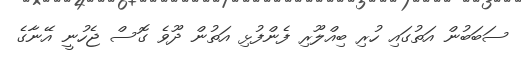
ސަބަބުން އަތުގައި ހުރި ބިއްލޫރި ފެންފުޅި އަތުން ދޫވެ ގޮސް ޖެހުނީ އޭނާގެ